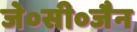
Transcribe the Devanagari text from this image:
जे०सी०जैन